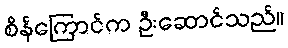
စိန်ကြောင်က ဦးဆောင်သည်။